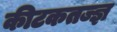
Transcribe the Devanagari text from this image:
कीटकतज्ज्ञ